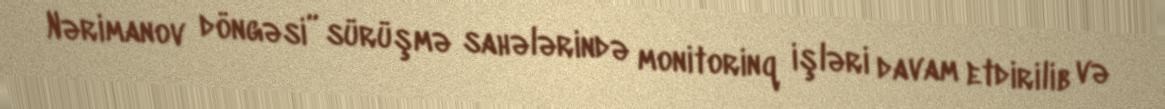
Nərimanov döngəsi” sürüşmə sahələrində monitorinq işləri davam etdirilib və